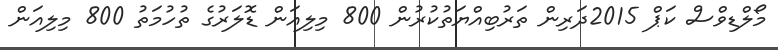
މޯލްޑިވްސް ކަޕް 2015ދަރިން ތަރުބިއްޔަތުކުރުން 800 މިލިއަން ޑޮލަރުގެ ތުހުމަތު 800 މިލިއަން